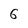
Character: 6